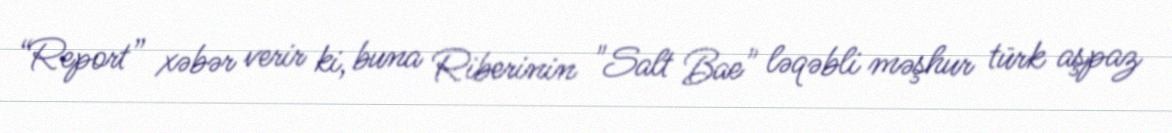
“Report” xəbər verir ki, buna Riberinin "Salt Bae" ləqəbli məşhur türk aşpaz